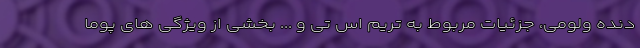
دنده ولومی، جزئیات مربوط به تریم اس تی و ... بخشی از ویژگی های پوما